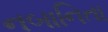
નબાનિતા